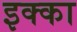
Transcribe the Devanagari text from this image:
इक्‍का